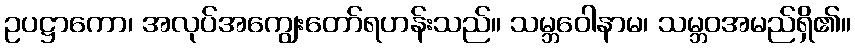
ဥပဋ္ဌာကော၊ အလုပ်အကျွေးတော်ရဟန်းသည်။ သမ္ဘဝေါနာမ၊ သမ္ဘဝအမည်ရှိ၏။